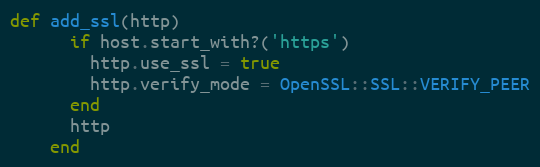
Language: Ruby
def add_ssl(http)
      if host.start_with?('https')
        http.use_ssl = true
        http.verify_mode = OpenSSL::SSL::VERIFY_PEER
      end
      http
    end